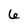
Character: 6